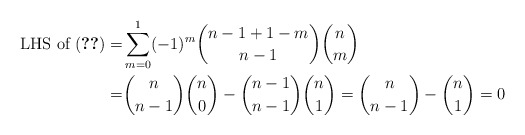
\begin{align*} \text{ LHS of (\ref{eqn:final})} =& \sum_{m=0}^1 (-1)^m \binom{n-1 + 1-m}{n-1} \binom{n}{m}\\ = & \binom{n}{n-1} \binom{n}{0} - \binom{n-1}{n-1} \binom{n}{1} = \binom{n}{n-1} - \binom{n}{1} = 0 \end{align*}